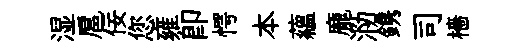
湿扈佞您雍卽愕本藴龐泐鎸司檣